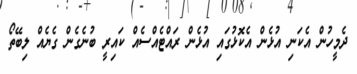
ދެމީހުން އެކަނި އުޅެން އެކޮޅުގައި އުޅެން ރައްޓެއްސެއް ކައިރީ ބުނެގެން ގެޔެއް ލިބޭތޯ